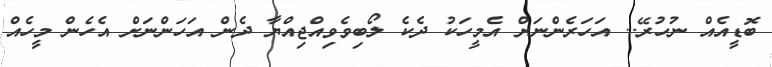
ބޮޑީއެއް ނުހުރޭ.. އަހަރެންނަށް އެމީހަކު ދެކެ ލޯބިިވެވިއްޖިއްޔާ ދެން އަހަންނަށް އެހެން މީހެއް